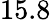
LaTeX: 15.8